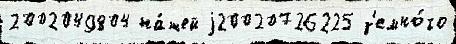
2002049804 на́шей j20020726225 з'емно́го